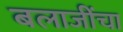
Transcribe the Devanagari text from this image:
बलाजींचा